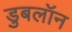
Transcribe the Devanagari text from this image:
डुबलॉन